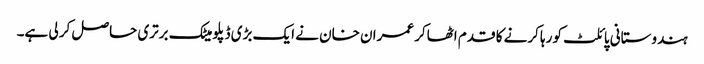
ہندوستانی پائلٹ کو رہا کرنے کا قدم اٹھاکر عمران خان نے ایک بڑی ڈپلومیٹک برتری حاصل کر لی ہے۔